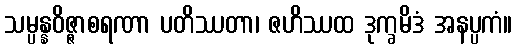
သမ္ပန္နဝိဇ္ဇာစရဏာ ပတိဿတာ၊ ဇဟိဿထ ဒုက္ခမိဒံ အနပ္ပကံ။